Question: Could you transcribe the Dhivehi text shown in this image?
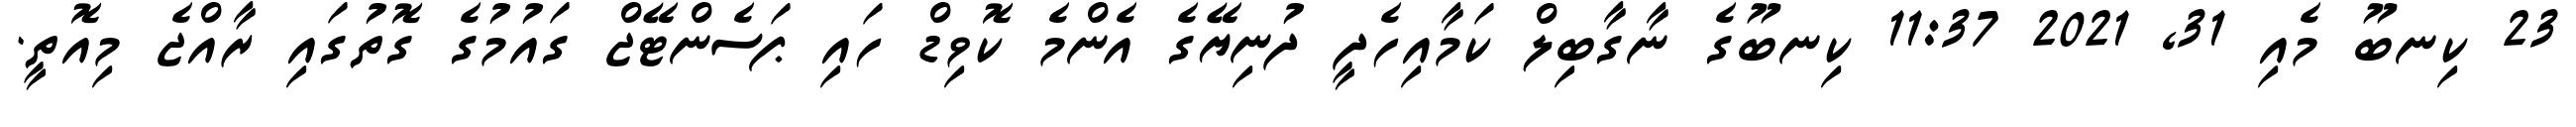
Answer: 23 ކިނބޫ މެއި 31, 2021 11:37 ކިނބޫގެ ނާގާބިލް ކަމާއިހެދީ ދުނިޔޭގެ އެންމެ ކޮވިޑް ހައި ޕަސެންޓޭޖް ގައުމުގެ ގޮތުގައި ރާއްޖެ މިއޮތީ.